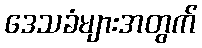
ဒေသခံများအတွက်